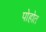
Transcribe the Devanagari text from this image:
पोहोत